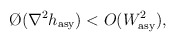
\begin{align*}\O(\nabla^2h_{\rm asy})<O(W^2_{\rm asy}),\end{align*}